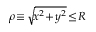
\rho \! \equiv \! \sqrt { \! x ^ { 2 } \! + \! y ^ { 2 } } \! \le \! R